Report of an investigation into the causes of malaria in Bombay and the measures necessary for its control
Disease focus: Malaria
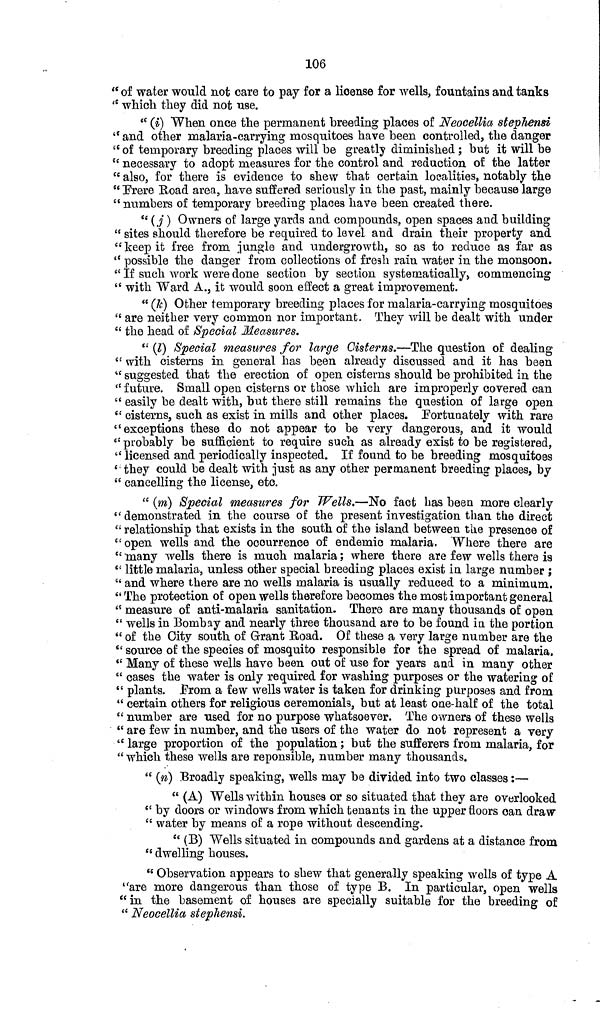
106
" of water would not care to pay for a license for wells, fountains and tanks
" which they did not use.
" (i) "When once the permanent breeding places of Neocellia stephensi
" and other malaria-carrying mosquitoes have been controlled, the danger
" of temporary breeding places will be greatly diminished ; but it will be
" necessary to adopt measures for the control and reduction of the latter
" also, for there is evidence to shew that certain localities, notably the
" Frere Road area, have suffered seriously in the past, mainly because large
" numbers of temporary breeding places have been created there.
"(j) Owners of large yards and compounds, open spaces and building
" sites should therefore be required to level and drain their property and
"keep it free from jungle and undergrowth, so as to reduce as far as
" possible the danger from collections of fresh rain water in the monsoon.
" If such work were done section by section systematically, commencing
" with Ward A., it would soon effect a great improvement.
" (k) Other temporary breeding places for malaria-carrying mosquitoes
" are neither very common nor important. They will be dealt with under
" the head of Special Measures.
" (l) Special measures for large Cisterns.—The question of dealing
" with cisterns in general has been already discussed and it has been
" suggested that the erection of open cisterns should be prohibited in the
" future. Small open cisterns or those which are improperly covered can
" easily be dealt with, but there still remains the question of large open
" cisterns, such as exist in mills and other places, fortunately with rare
"exceptions these do not appear to be very dangerous, and it would
" probably be sufficient to require such as already exist to be registered,
" licensed and periodically inspected. If found to be breeding mosquitoes
" they could be dealt with just as any other permanent breeding places, by
" cancelling the license, etc.
" (m) Special measures for Wells.—No fact has been more clearly
" demonstrated in the course of the present investigation than the direct
" relationship that exists in the south of the island between the presence of
" open wells and the occurrence of endemic malaria. Where there are
" many wells there is much malaria; where there are few wells there is
" little malaria, unless other special breeding places exist in large number ;
" and where there are no wells malaria is usually reduced to a minimum.
*' The protection of open wells therefore becomes the most important general
" measure of anti-malaria sanitation. There are many thousands of open
" wells in Bombay and nearly three thousand are to be found in the portion
" of the City south of Grant Road. Of these a very large number are the
" source of the species of mosquito responsible for the spread of malaria.
" Many of these wells have been out of use for years and in many other
" cases the water is only required for washing purposes or the watering of
" plants. From a few wells water is taken for drinking purposes and from
" certain others for religious ceremonials, but at least one-half of the total
" number are used for no purpose whatsoever. The owners of these wells
" are few in number, and the users of the water do not represent a very
" large proportion of the population; but the sufferers from malaria, for
" which these wells are reponsible, number many thousands.
" (n) Broadly speaking, wells may be divided into two classes:—
" (A) Wells within houses or so situated that they are overlooked
" by doors or windows from which tenants in the upper floors can draw
" water by means of a rope without descending.
" (B) Wells situated in compounds and gardens at a distance from
" dwelling houses.
" Observation appears to shew that generally speaking wells of type A
"are more dangerous than those of type B. In particular, open wells
"in the basement of houses are specially suitable for the breeding of
" Neocellia stephensi.